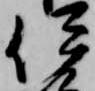
伊